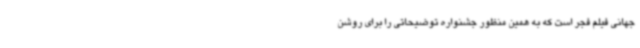
جهانی فیلم فجر است که به همین منظور جشنواره توضیحاتی را برای روشن